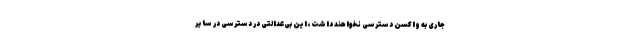
جاری به واکسن دسترسی نخواهند داشت، این بی‌عدالتی در دسترسی در سایر